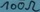
Text: 100Ω